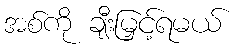
အစ်ကို ချီးမြှင့်ရမယ်